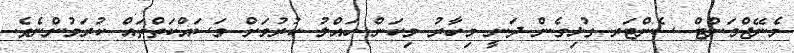
މެނޭޖްމަންޓް ސެންޓަރ ގުޅިގެން ދަނީ މިހާރު މިކަން ހައްލު ކުރުމަށް މަސައްކަތްތައް ކުރަމުންނެވެ.